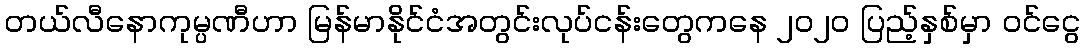
တယ်လီနောကုမ္ပဏီဟာ မြန်မာနိုင်ငံအတွင်းလုပ်ငန်းတွေကနေ ၂၀၂၀ ပြည့်နှစ်မှာ ဝင်ငွေ